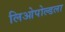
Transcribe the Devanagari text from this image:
लिओपोल्डला